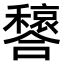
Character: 𫬳